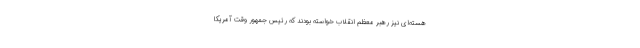
هسته‌ای نیز رهبر معظم انقلاب خواسته بودند که رئیس جمهور وقت آمریکا